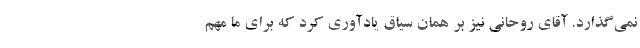
نمی‌گذارد. آقای روحانی نیز بر همان سیاق یادآوری کرد که برای ما مهم